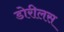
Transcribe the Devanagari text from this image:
डोरीलस